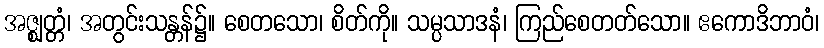
အဇ္ဈတ္တံ၊ အတွင်းသန္တန်၌။ စေတသော၊ စိတ်ကို။ သမ္ပသာဒနံ၊ ကြည်စေတတ်သော။ ဧကောဒိဘာဝံ၊